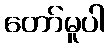
တော်မူပါ